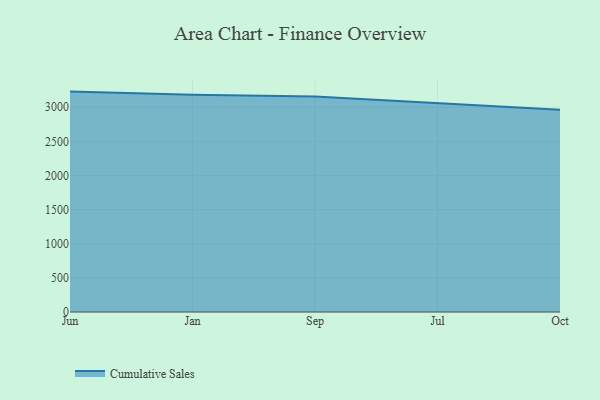
{"axis": {"x": "Month", "y": "Demand Index"}, "legend": ["Cumulative Sales"], "data": [{"x": "Jun", "y": 3228.3, "type": "Cumulative Sales"}, {"x": "Jan", "y": 3183.8, "type": "Cumulative Sales"}, {"x": "Sep", "y": 3155.8, "type": "Cumulative Sales"}, {"x": "Jul", "y": 3054.0, "type": "Cumulative Sales"}, {"x": "Oct", "y": 2961.6, "type": "Cumulative Sales"}]}